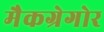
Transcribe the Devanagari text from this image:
मैकग्रेगोर